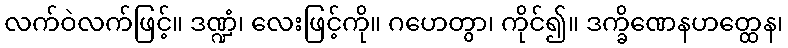
လက်ဝဲလက်ဖြင့်။ ဒဏ္ဍံ၊ လေးဖြင့်ကို။ ဂဟေတွာ၊ ကိုင်၍။ ဒက္ခိဏေနဟတ္ထေန၊